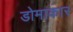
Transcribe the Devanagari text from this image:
डोमाकार